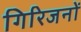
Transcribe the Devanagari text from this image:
गिरिजनों